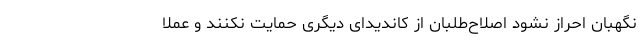
نگهبان احراز نشود اصلاح‌طلبان از کاندیدای دیگری حمایت نکنند و عملا